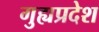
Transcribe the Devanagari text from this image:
गुह्यप्रदेश